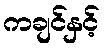
ကချင်နှင့်